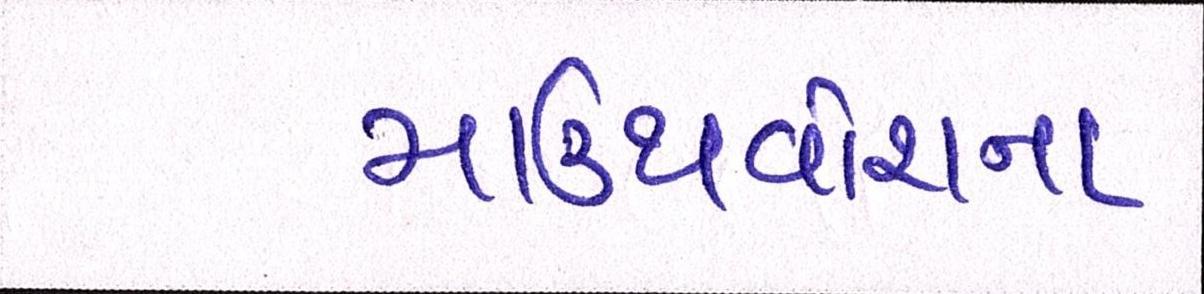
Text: માઉથવોશના